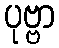
ပုဗ္ဗာ